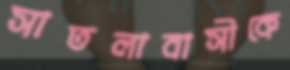
সাতলাবাসীকে